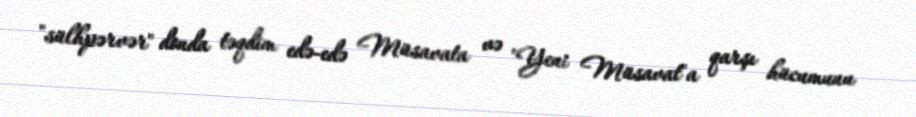
"sülhpərvər" donda təqdim edə-edə Müsavata və "Yeni Müsavat"a qarşı hücumunu